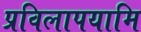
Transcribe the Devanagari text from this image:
प्रविलापयामि